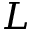
L